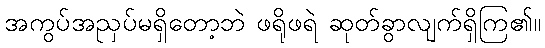
အကွပ်အညှပ်မရှိတော့ဘဲ ဖရိုဖရဲ ဆုတ်ခွာလျက်ရှိကြ၏။